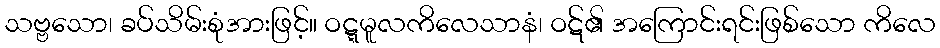
သဗ္ဗသော၊ ခပ်သိမ်းစုံအားဖြင့်။ ဝဋ္ဋမူလကိလေသာနံ၊ ဝဋ်၏ အကြောင်းရင်းဖြစ်သော ကိလေ